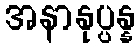
အနာနုပ္ပန္န